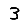
Digit: 3